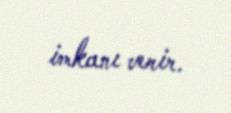
imkanı verir.